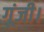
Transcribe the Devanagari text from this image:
गूंजी।